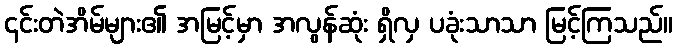
၎င်းတဲအိမ်များ၏ အမြင့်မှာ အလွန်ဆုံး ရှိလှ ပခုံးသာသာ မြင့်ကြသည်။